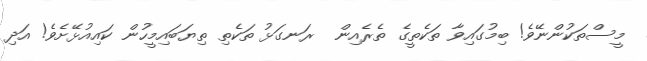
މީސްތަކުންނޭވެ! ބިމުގައިވާ ތަކެތީގެ ތެރެއިން  ރަނގަޅު ތަކެތި ތިޔަބައިމީހުން ކައިއުޅޭށެވެ! އަދިި